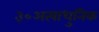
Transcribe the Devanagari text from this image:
३०अत्याधुनिक